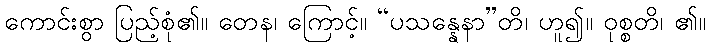
ကောင်းစွာ ပြည့်စုံ၏။ တေန၊ ကြောင့်။ “ပသန္နေနာ”တိ၊ ဟူ၍။ ဝုစ္စတိ၊ ၏။